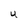
Character: U